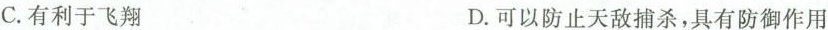
C.有利于飞翔 D.可以防止天敌捕杀，具有防御作用